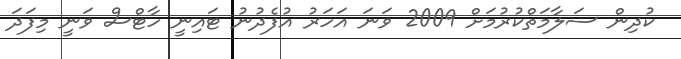
ކުދިން ސަލާމަތްކުރުމަށް 2009 ވަނަ އަހަރު އުފެދުނު ޓައިނީ ހާޓްސް ވަނީ މިފަދަ